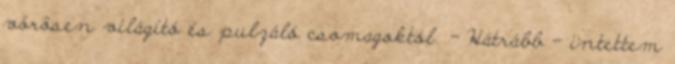
vörösen világító és pulzáló csomagoktól. - Hátrább – intettem